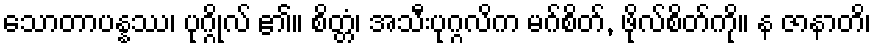
သောတာပန္နဿ၊ ပုဂ္ဂိုလ် ၏။ စိတ္တံ၊ အသီးပုဂ္ဂလိက မဂ်စိတ်, ဖိုလ်စိတ်ကို။ န ဇာနာတိ၊